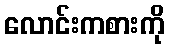
လောင်းကစားကို